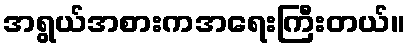
အရွယ်အစားကအရေးကြီးတယ်။